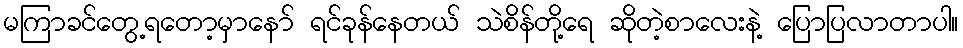
မကြာခင်တွေ့ရတော့မှာနော် ရင်ခုန်နေတယ် သဲစိန်တို့ရေ ဆိုတဲ့စာလေးနဲ့ ပြောပြလာတာပါ။